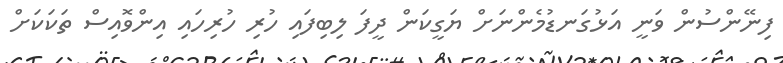
ފިނޭންސުން ވަނީ އަޅުގަނޑުމެންނަށް ޔަގީކަން ދީފަ ލިބިފައި ހުރި ހުރިހައި އިންވޮއިސް ތަކަކަށް